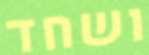
ושחד